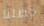
حصلنا